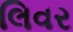
લિવર